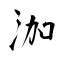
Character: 泇